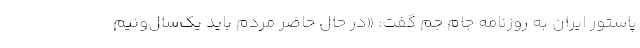
پاستور ایران به روزنامه جام جم گفت: «در حال حاضر مردم باید یک‌سال‌ونیم